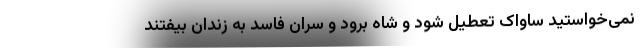
نمی‌خواستید ساواک تعطیل شود و شاه برود و سران فاسد به زندان بیفتند